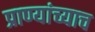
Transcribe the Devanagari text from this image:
प्राण्यांच्याच